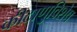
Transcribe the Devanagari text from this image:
कीटाणुविशेष